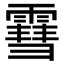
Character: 䨮